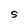
Character: S